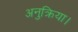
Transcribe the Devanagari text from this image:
अनुक्रिया।